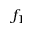
f _ { 1 }